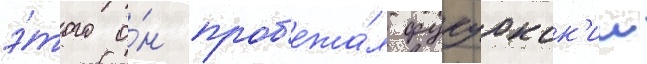
э́того о́н проб'ежа́л фукуокск'ии